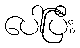
ပေါ်ပြီး